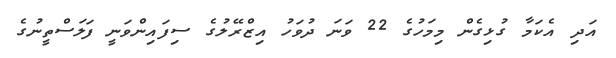
އަދި އެކަމާ ގުޅިގެން މިމަހުގެ 22 ވަނަ ދުވަހު އިޒްރޭލުގެ ސިފައިންވަނީ ފަލަސްތީނުގެ